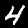
Label: 4